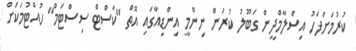
ކުރުމަށްފަހު އިސްލާމްދީން ގަބޫލު ކުރަން ނިންމީ އިންޑިއާގައި އޮތް "ކާސްޓް ސިސްޓަމް" ހުއްޓުމަކަށް